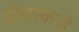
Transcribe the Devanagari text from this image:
पीठाकडे